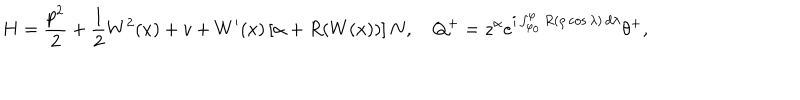
H = \frac { p ^ { 2 } } 2 + \frac 1 2 W ^ { 2 } ( x ) + v + W ^ { \prime } ( x ) \left[ \alpha + R ( W ( x ) ) \right] N , \quad Q ^ { + } = z ^ { \alpha } e ^ { i \int _ { \varphi _ { 0 } } ^ { \varphi } R ( \rho \cos \lambda ) \, d \lambda } \theta ^ { + } ,